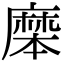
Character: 𪎝